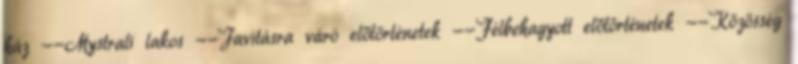
ház --Mystrali lakos --Javításra váró előtörténetek --Félbehagyott előtörténetek --Közösség